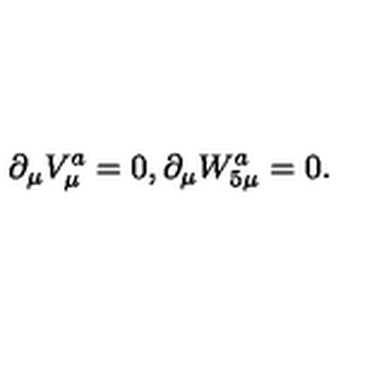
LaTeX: \partial _ { \mu } V _ { \mu } ^ { a } = 0 , \partial _ { \mu } W _ { 5 \mu } ^ { a } = 0 .